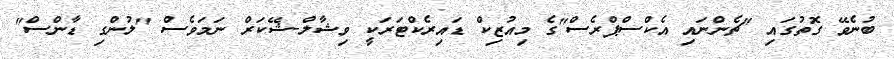
ބުނެވޭ ގޮތުގައި "ޗެންނައި އެކްސްޕްރެސް"ގެ މިއުޒިކް ޑައިރެކްޓަރަކީ ވިޝާލް-ޝޭކަރް ނަމަވެސް "ލުންގި ޑާންސް"